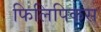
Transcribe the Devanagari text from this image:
फिलिपिकस